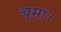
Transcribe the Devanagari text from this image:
चूमा।